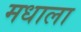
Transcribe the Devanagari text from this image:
मधाला